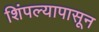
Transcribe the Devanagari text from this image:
शिंपल्यापासून